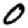
Digit: 0